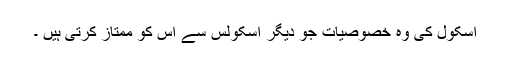
اسکول کی وہ خصوصیات جو دیگر اسکولس سے اس کو ممتاز کرتی ہیں ۔